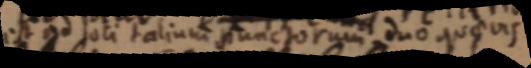
est ad loci talium punctorum duo quaevis